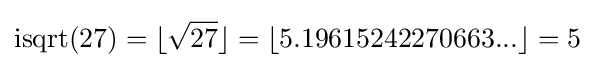
\operatorname {isqrt} (27)=\lfloor {\sqrt {27}}\rfloor =\lfloor 5.19615242270663...\rfloor =5